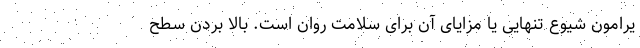
یرامون شیوع تنهایی یا مزایای آن برای سلامت روان است. بالا بردن سطح